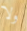
ولا